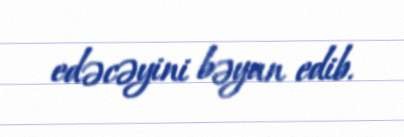
edəcəyini bəyan edib.